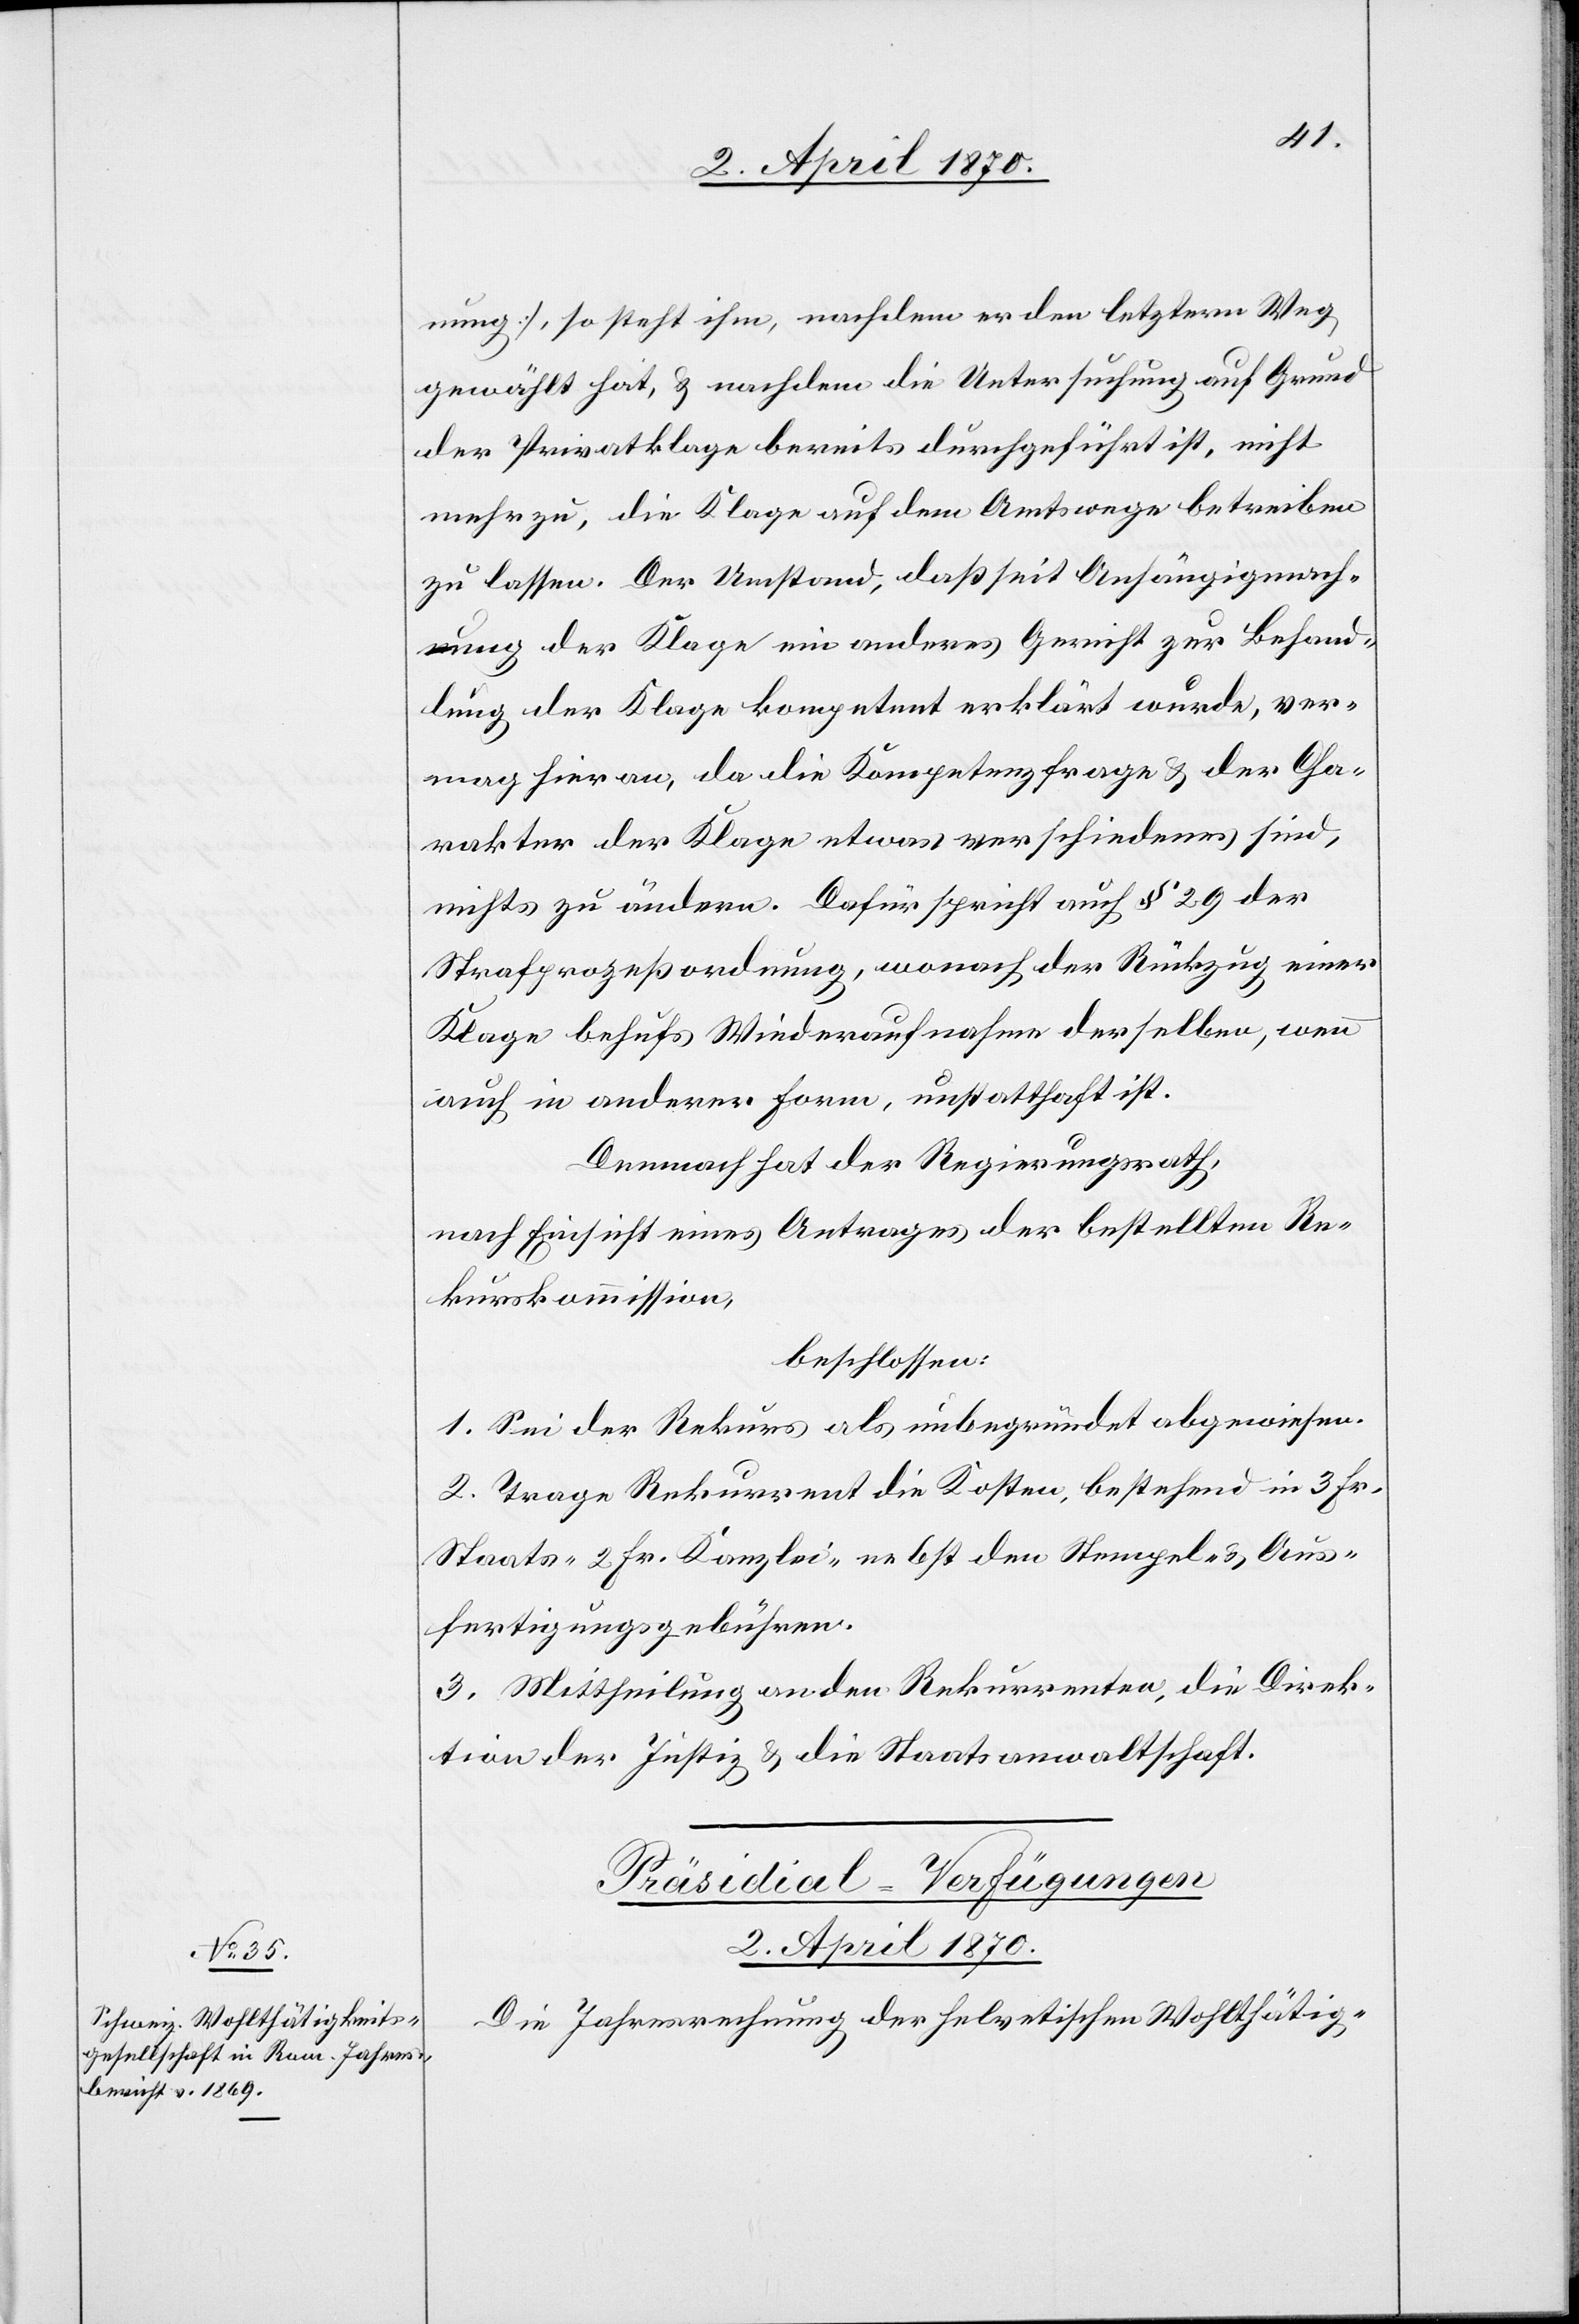
2. April 1870.
nung], so steht ihm, nachdem er den letztern Weg
gewählt hat, & nachdem die Untersuchung auf Grund
der Privatklage bereits durchgeführt ist, nicht
mehr zu, die Klage auf dem Amtswege betreiben
zu lassen. Der Umstand, daß seit Anhängigmach¬
ung der Klage ein anderes Gericht zur Behand¬
lung der Klage kompetent erklärt wurde, ver¬
mag hieran, da die Kompetenzfrage & der Cha¬
rakter der Klage etwas verschiedenes sind,
nichts zu ändern. Dafür spricht auch § 29 der
Strafprozeßordnung, wonach der Rückzug einer
Klage behufs Wiederaufnahme derselben, wenn
auch in anderer Form, unstatthaft ist.
Demnach hat der Regierungsrath,
nach Einsicht eines Antrages der bestellten Re¬
kurskommission,
beschlossen:
1. Sei der Rekurs als unbegründet abgewiesen.
2. Trage Rekurrent die Kosten, bestehend in 3 Fr.
Staats-[,] 2 Fr. Kanzlei- nebst den Stempel- & Aus¬
fertigungsgebühren.
3. Mittheilung an den Rekurrenten, die Direk¬
tion der Justiz & die Staatsanwaltschaft.
Präsidial-Verfügungen
Die Jahresrechnung der helvetischen Wohlthätig-